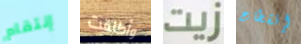
إنتقام وأطلقت زيت إنقطاع